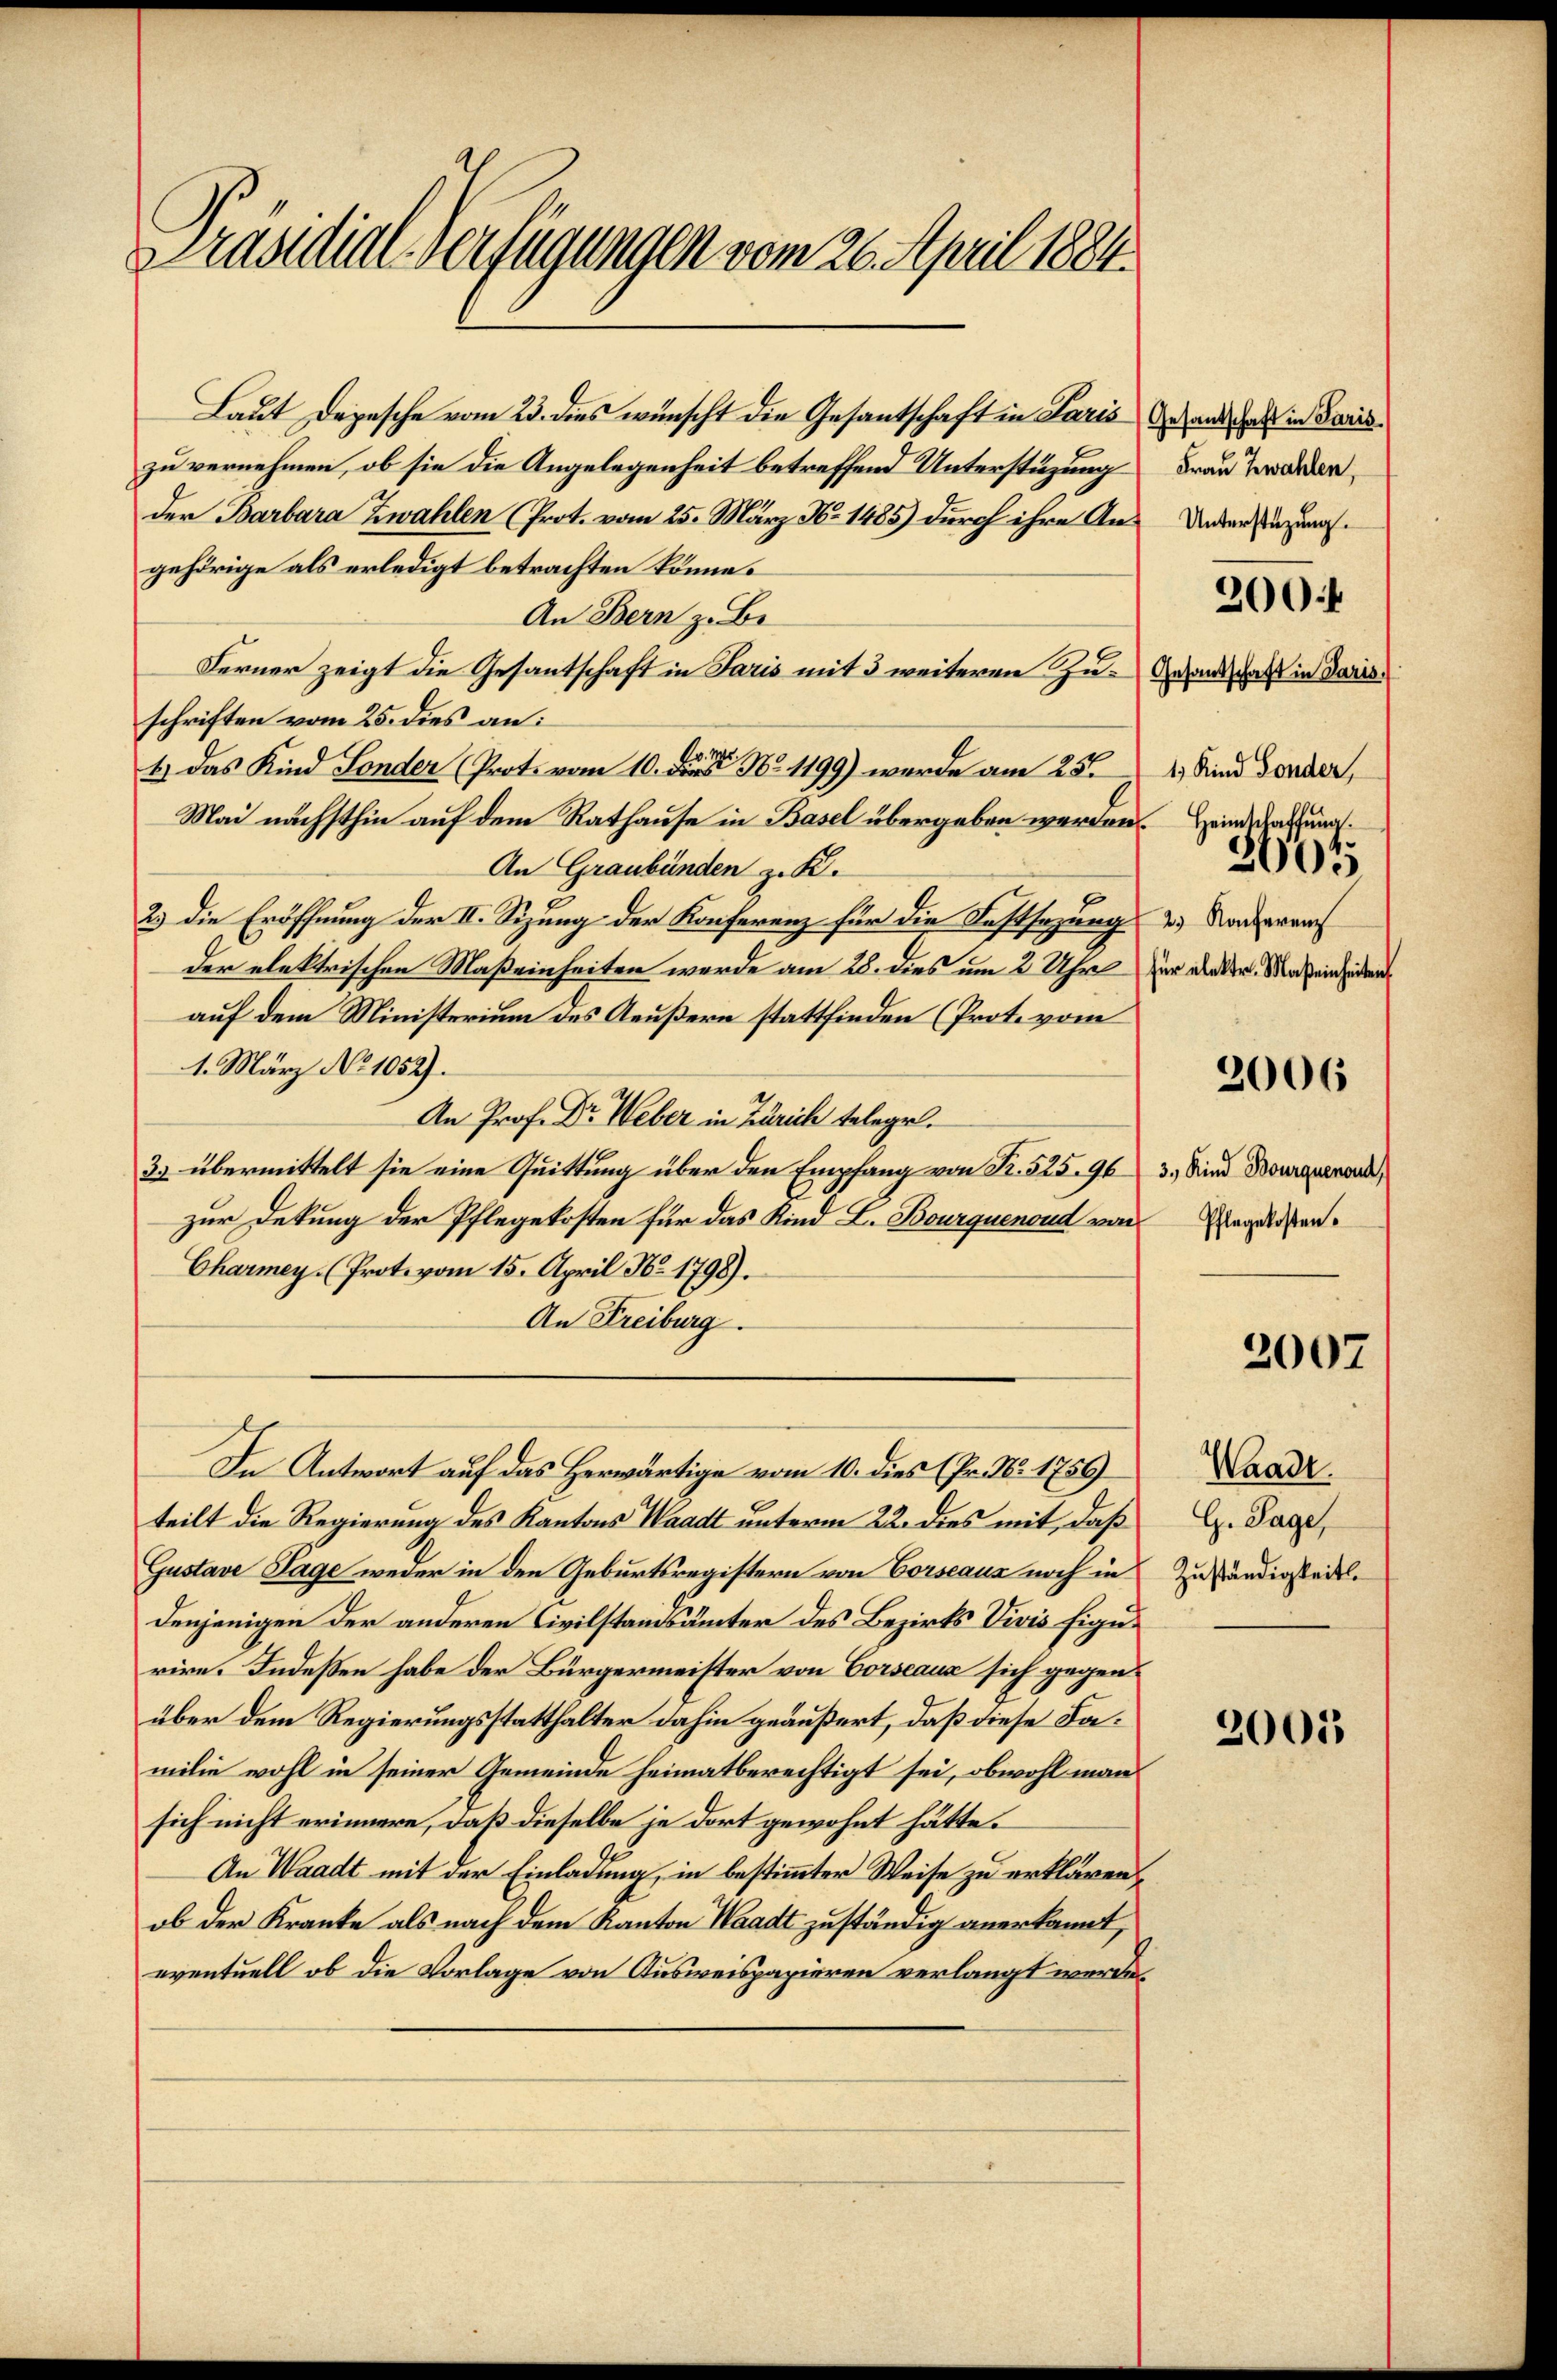
Präsidial-Verfügungen vom 26. April 1884.

Laut Depesche vom 23. dies wünscht die Gesantschaft in Paris
zu vernehmen, ob sie die Angelegenheit betreffend Unterstüzung
der Barbara Zwahlen (Prot. vom 25. März N. 1485) durch ihre Angehörige als erledigt betrachten könne.
An Bern z. Be¬
Ferner zeigt die Gesantschaft in Paris mit 3 weiteren Zuschriften vom 25. dies an:
1.) Das Kind Sonder (Prote vom 10. d. N. 1199) werde am 25ten
Mai nächsthin auf dem Rathause in Basel übergeben werden. Heinderatung
An Graubünden z. B.
2.) Die Eröffnung der II. Sizung der Konferenz für die Festsezung
der elektrischen Maßeinheiten werde am 28. dies um 2 Uhre
auf dem Ministerium des Aeußern stattfinden (Prot. vom
1. März No 1052).
An Prof. Dr. Weber in Zürich telegel.
3. übermittelt sie eine Quittung über den Empfang von K. 525. 96
zur Dekung der Pflegekosten für das Kind L. Bourquenoud von
Charmey. (Prot. vom 15. April No 1798).
An Freiburg.
In Antwort auf das Herwärtige vom 10. dies (Fr. No. 1759)
teilt die Regierung des Kantons Waadt unterm 22. dies mit, daß
Gustave Tage weder in den Geburtsregistern von Corseaus noch in
denjenigen der anderen Civilstandsämter des Bezirks Vivis Figurire. Indeßen habe der Bürgermeister von Corseaus sich gegen
über dem Regierungsstatthalter dahin geäußert, daß diese Familie wohl in seiner Gemeinde heimatberechtigt sei, obwohl man
sich nicht erinnere, daß dieselbe je dort gewohnt hätte.
An Waadt mit der Einladung, in bestimmter Weise zu erklären,
ob der Kranke als nach dem Kanton Waadt zuständig anerkannt,
eventuell ob die Vorlage von Ausweispapieren verlangt werden

Gesantschaft in Paris
Frau Zwahlen,
Unterstüzung.
Gesandschaft in Paris
1. Kind Sonder,
3005
2) Konferenz
für elektr. Maßeinheiten

200f

2006

3., Kind Bourquenoud
Pflegekosten.

Waadt
G. Sage,
Zuständigkeit.

2007

2005